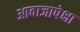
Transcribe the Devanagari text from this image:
आवाजापेक्षा